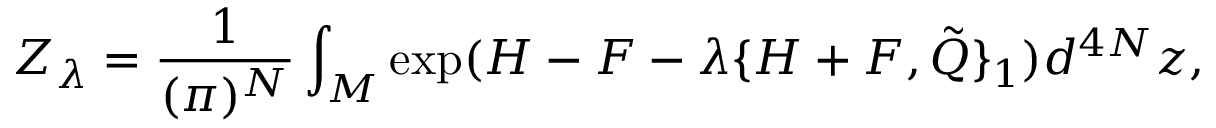
Z _ { \lambda } = \frac { 1 } { ( \pi ) ^ { N } } \int _ { { \cal M } } \exp ( H - F - \lambda \{ H + F , { \tilde { Q } \} _ { 1 } } ) d ^ { 4 N } z ,